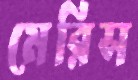
মেরিস